Report on horse surra - Volume I
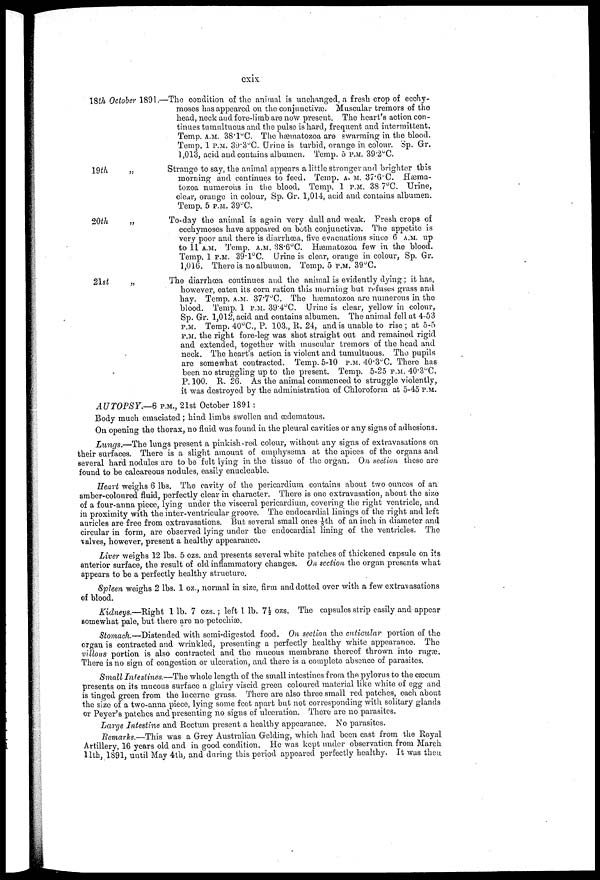
cxix:
18th October 1891.-
19th
„
20th
2lst
„
—The condition of the animal is unchanged, a fresh crop of ecchy-
moses has appeared on the conjunctivæ. Muscular tremors of the
head, neck and fore-limb are now present. The heart's action con-
tinues tumultuous and the pulse is hard, frequent and intermittent.
Temp. A.M 38.1ºC. The hæmatozoa are swarming in the blood.
Temp. 1 P.M 30.3°C. Urine is turbid, orange in colour. Sp. Gr.
1,013, acid and contains albumen. Temp. 5 P.M 39.2ºC.
Strange to say, the animal appears a little stronger and brighter this
morning and continues to feed, Temp. A.M. 37.6ºC. Hæma-
tozoa numerous in the blood. Temp. 1 P.M 38.7°C. Urine,
clear, orange in colour, Sp. Gr. 1,014, acid and contains albumen.
Temp. 5 P.M 39°C.
To-day the animal is again very dull and weak. Fresh crops of
ecchymoses have appeared on both conjunctivas. The appetite is
very poor and there is diarrhoea, five evacuations since 6 A.M up
to 11 A.M Temp. A.M 38.6°C. Hæmatozoa few in the blood.
Temp. 1 P.M 39.l°C. Urine is clear, orange in colour, Sp. Gr.
1,016. There is no albumen. Temp. 5 P.M 39ºC.
The diarrhoea continues and the animal is evidently dying; it has,
however, eaten its corn ration this morning but refuses grass and
hay. Temp. A.M 37.7°C. The hæmatozoa are numerous in the
blood. Temp. 1 P.M 39.4°C. Urine is clear, yellow in colour,
Sp. Gr. 1,012, acid and contains albumen. The animal fell at 4-53
P.M Temp. 40°C, P. 103., R. 24, and is unable to rise ; at 5-5
P.M the right fore-leg was shot straight out and remained rigid
and extended, together with muscular tremors of the head and
neck. The heart's action is violent and tumultuous. The pupils
are somewhat contracted. Temp. 5-10 P.M 40.3°C. There has
been no struggling up to the present. Temp. 5-25 P.M 40.3 O C.
P. 100. R. 26. As the animal commenced to struggle violently,
it was destroyed by the administration of Chloroform at 5-45 P.M
AUTOPSY.—6 P.M.. 21st October 1891 :
Body much emaciated; hind limbs swollen and œdematous.
On opening the thorax. no fluid was found in the pleural cavities or any signs of adhesions.
Lungs.—The lungs present a pinkish-red colour. without any signs of extravasations on
their surfaces. There is a slight amount of emphysema at the apices of the organs and
several hard nodules are to be felt lying in the tissue of the organ. On section these are
found to be calcareous nodules. easily enucleable.
Heart weighs 6 lbs. The cavity of the pericardium contains about two ounces of an
amber-coloured fluid. perfectly clear in character. There is one extravasation. about the size
of a four-anna piece. lying under the visceral pericardium. covering the right ventricle. and
in proximity with the inter-ventricular groove. The endocardial linings of the right and left
auricles are free from extravasations. But several small ones 1/8th of an inch in diameter and
circular in form. are observed lying under the endocardial lining of the ventricles. The
valves. however. present a healthy appearance.
Liver weighs 12 lbs. 5 ozs. and presents several white patches of thickened capsule on its
anterior surface. the result of old inflammatory changes. On section the organ presents what
appears to be a perfectly healthy structure.
Spleen weighs 2 lbs. 1 oz.. normal in size. firm and dotted over with a few extravasations
of blood.
Kidneys.—Right 1 lb. 7 ozs.; left 1 lb. 71/2 ozs. The capsules strip easily and appear
somewhat pale. but there are no petechias.
Stomach.—Distended with semi-digested food. On section the cuticular portion of the
organ is contracted and wrinkled. presenting a perfectly healthy white appearance. The
villous portion is also contracted and the mucous membrane thereof thrown into rugæ.
There is no sign of congestion or ulceration. and there is a complete absence of parasites.
Small Intestines.—The whole length of the small intestines from the pylorus to the cæcum
presents on its mucous surface a glairy viscid green coloured material like white of egg and
is tinged green from the lucerne grass. There are also three small red patches. each about
the size of a two-anna piece. lying some feet apart but not corresponding with solitary glands
or Peyer's patches and presenting no signs of ulceration. There are no parasites.
Large Intestine and Rectum present a healthy appearance. No parasites.
Remarks.—This was a Grey Australian Gelding. which had been cast from the Royal
Artillery. 16 years old and in good condition. He was kept under observation from March
11th. 1891. until May 4th. and during this period appeared perfectly healthy. It was then